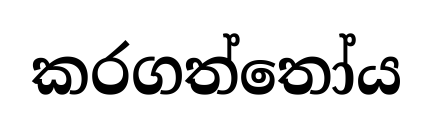
කරගත්තෝය